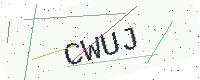
Text: CWUJ